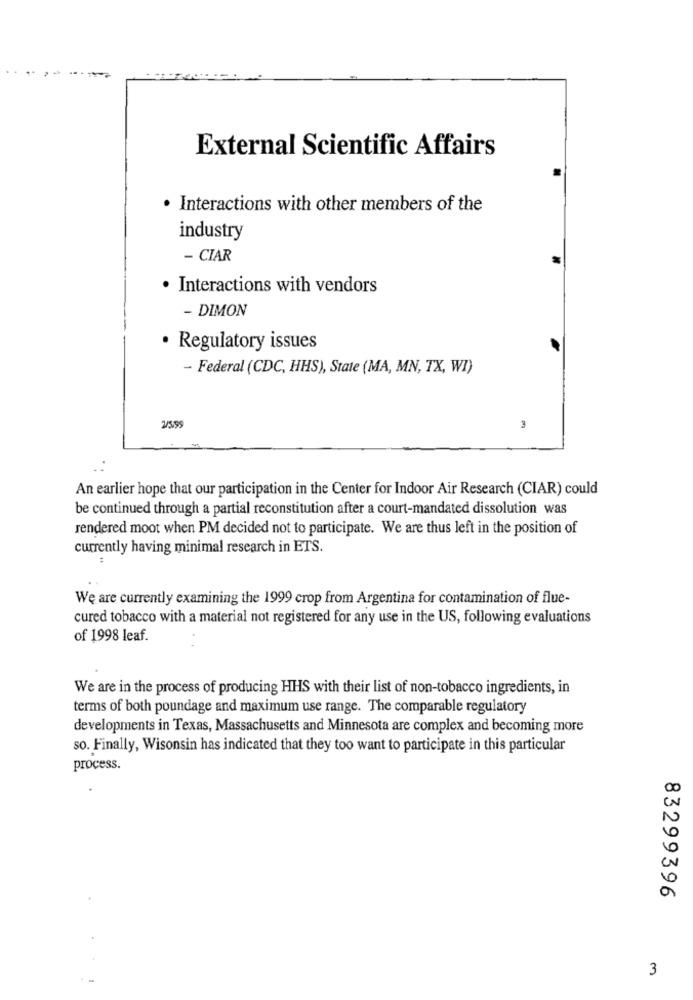
External Scientific Affairs
. Interactions with other members of the
industry
- CIAR
· Interactions with vendors
- DIMON
· Regulatory issues
- Federal (CDC, HHS), State (MA, MN, TX, WI)
2/5/5
3
An earlier hope that our participation in the Center for Indoor Air Research (CIAR) could
be continued through a partial reconstitution after a court-mandated dissolution was
rendered moot when PM decided not to participate. We are thus left in the position of
currently having minimal research in ETS.
..
We are currently examining the 1999 crop from Argentina for contamination of flue-
cured tobacco with a material not registered for any use in the US, following evaluations
of 1998 leaf.
We are in the process of producing HHS with their list of non-tobacco ingredients, in
terms of both poundage and maximum use range. The comparable regulatory
developments in Texas, Massachusetts and Minnesota are complex and becoming more
so. Finally, Wisonsin has indicated that they too want to participate in this particular
process.
83299396
3